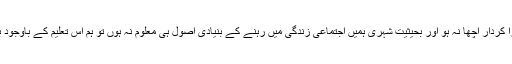
تعلیم یافتہ ہونے کے باوجود اگر ہمارا کردار اچھا نہ ہو اور بحیثیت شہری ہمیں اجتماعی زندگی میں رہنے کے بنیادی اصول ہی معلوم نہ ہوں تو ہم اس تعلیم کے باوجود بد تہذیب اور غیر متمدن کہلائیں گے۔